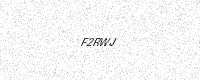
Text: F2RWJ